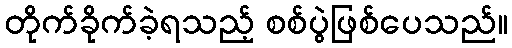
တိုက်ခိုက်ခဲ့ရသည့် စစ်ပွဲဖြစ်ပေသည်။